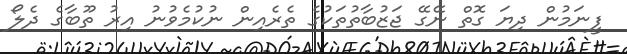
ފީނަމުން ދިޔަ ގޮތް ނޭގޭ ޖަޒުބާތުތަކުގެ ތެރެއިން ނުކުމެވުނު އިރު ތޫބާގެ ދެލޯ